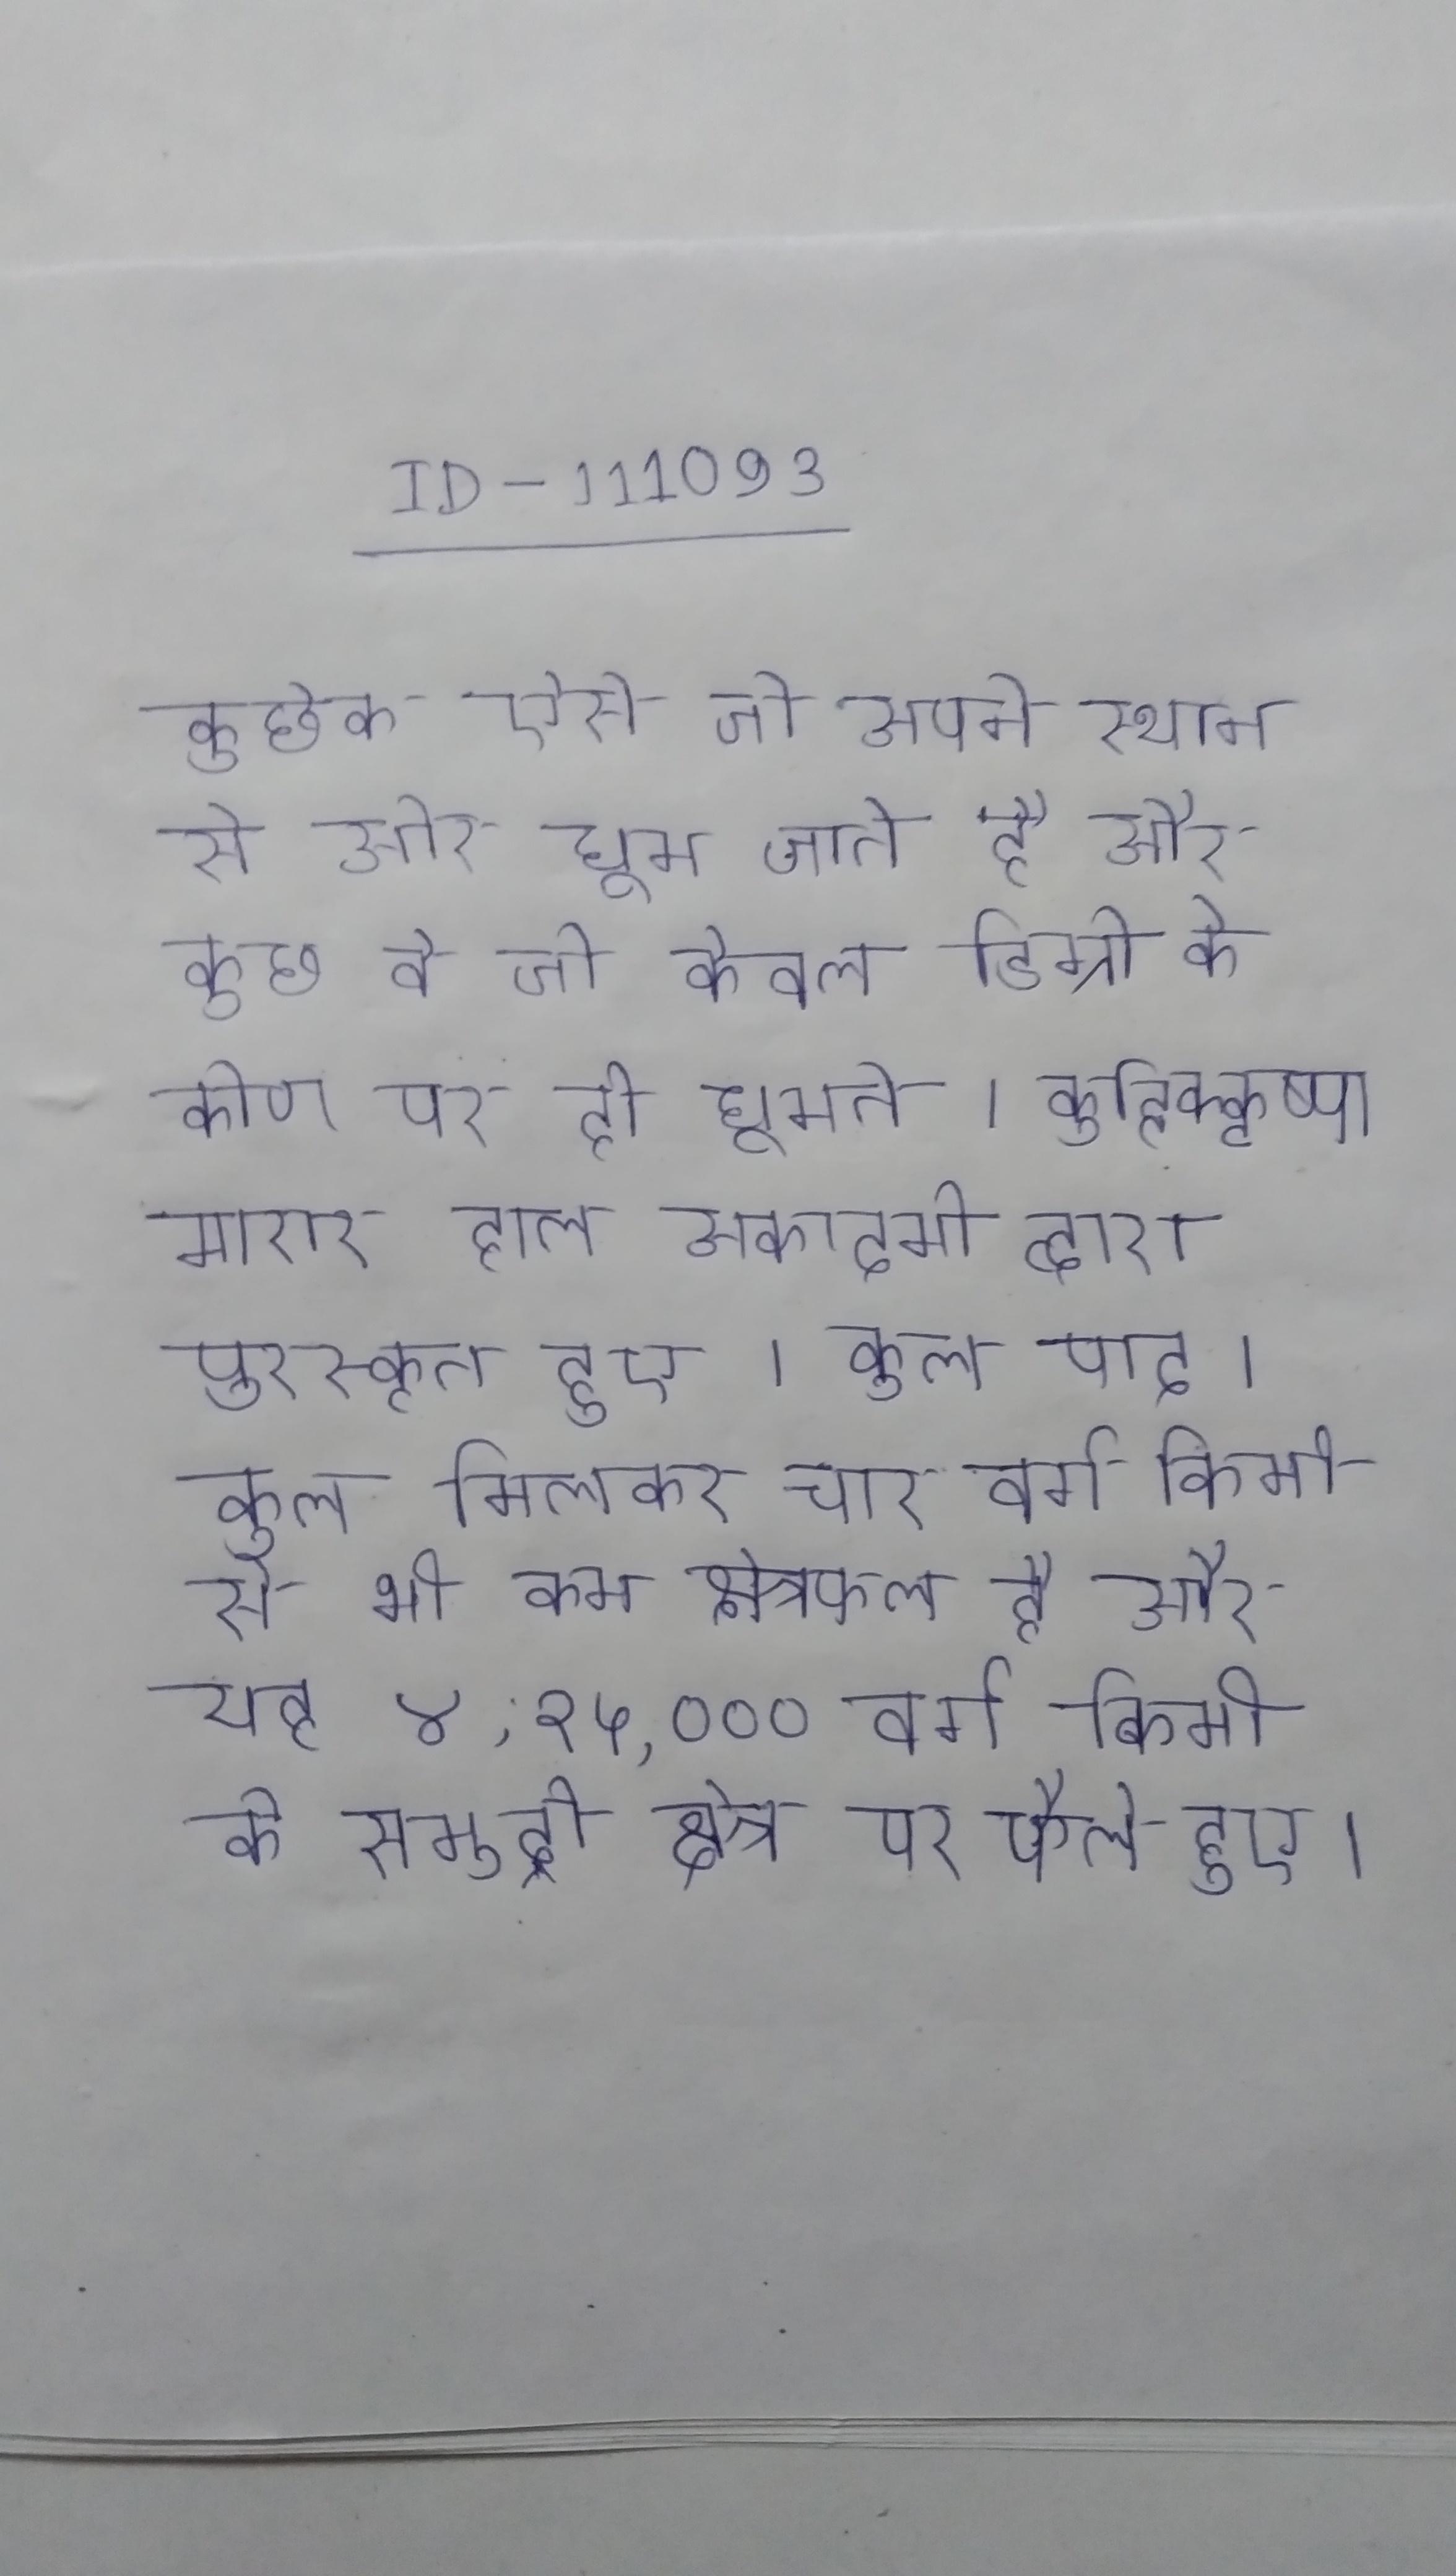
कुछेक ऐसे जो अपने स्थान से ओर घूम जाते है और कुछ वे जो केवल डिग्री के कोण पर ही घूमते । कुट्टिक्कृष्ण मारार हाल अकादमी द्वारा पुरस्कृत हुए । कुल पाद । कुल मिलकर चार वर्ग किमी से भी कम क्षेत्रफल है और यह ४,२५,००० वर्ग किमी के समुद्री क्षेत्र पर फैले हुए ।